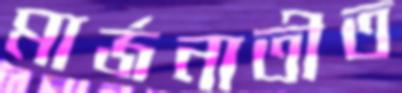
মার্জনাতীত